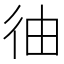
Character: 㣙